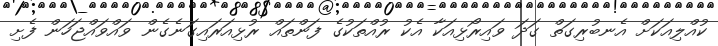
ކުއްލިއަކަށް އެނބުރިގަތް ގަދަ ވައިރޯޅިއަކާ އެކު ރުއްތަކުގެ ފަންތައް ރުޅިއަރައިގަނެގެން ވައްވައްޖަހަން ފެށި